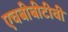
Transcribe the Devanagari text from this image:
एचबीबीटीवी